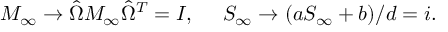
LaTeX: M _ { \infty } \to \hat { \Omega } M _ { \infty } \hat { \Omega } ^ { T } = I , \ \ \ \ S _ { \infty } \to ( a S _ { \infty } + b ) / d = i .